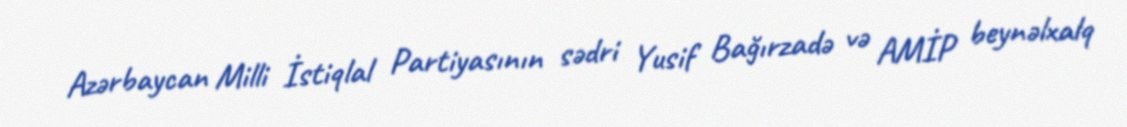
Azərbaycan Milli İstiqlal Partiyasının sədri Yusif Bağırzadə və AMİP beynəlxalq